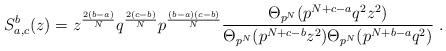
LaTeX: \begin{align*}S_{a,c}^b(z) = z^{\frac{2(b-a)}{N}} q^{\frac{2(c-b)}{N}} p^{\frac{(b-a)(c-b)}{N}}\frac{\Theta_{p^N}(p^{N+c-a} q^2 z^2)}{\Theta_{p^N}(p^{N+c-b} z^2)\Theta_{p^N}(p^{N+b-a} q^2)} \;.\end{align*}